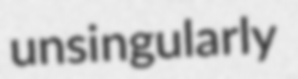
unsingularly